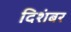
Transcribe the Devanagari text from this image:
दिशंबर